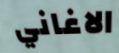
الاغاني